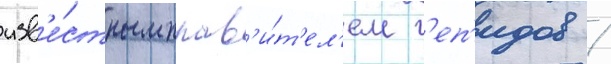
изв'е́стным прав'и́т'ел'ем г'еп'идов /